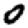
Digit: 0